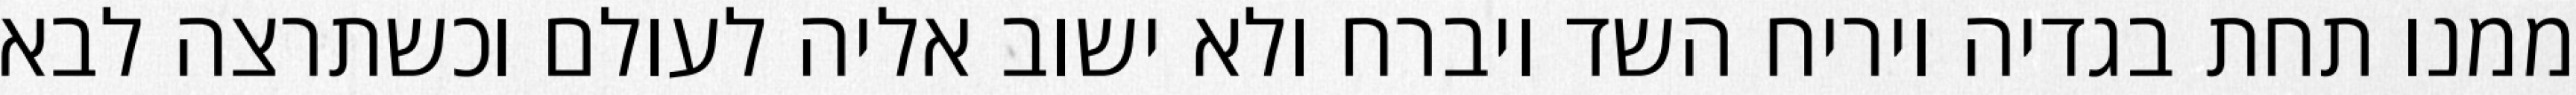
ממנו תחת בגדיה ויריח השד ויברח ולא ישוב אליה לעולם וכשתרצה לבא